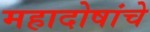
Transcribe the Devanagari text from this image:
महादोषांचे